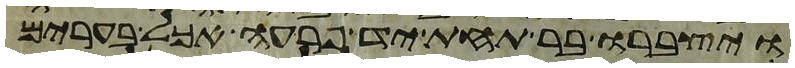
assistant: ויצברו בר תחת יד פרעה אכל בערים